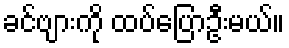
ခင်ဗျားကို ထပ်ပြောဦးမယ်။